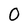
Character: O